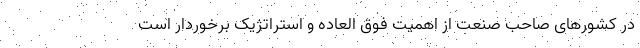
در کشورهای صاحب صنعت از اهمیت فوق العاده و استراتژیک برخوردار است